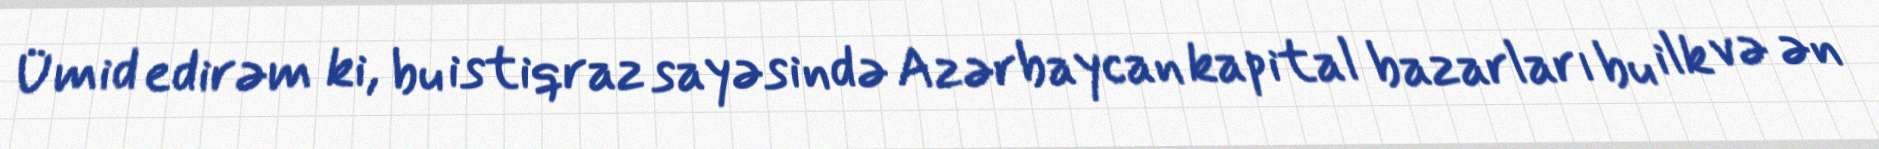
Ümid edirəm ki, bu istiqraz sayəsində Azərbaycan kapital bazarları bu ilk və ən